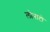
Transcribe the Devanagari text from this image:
लोनाटो